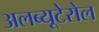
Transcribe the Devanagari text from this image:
अलब्यूटेरोल